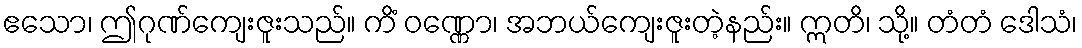
ဧသော၊ ဤဂုဏ်ကျေးဇူးသည်။ ကိံ ဝဏ္ဏော၊ အဘယ်ကျေးဇူးတဲ့နည်း။ ဣတိ၊ သို့။ တံတံ ဒေါသံ၊